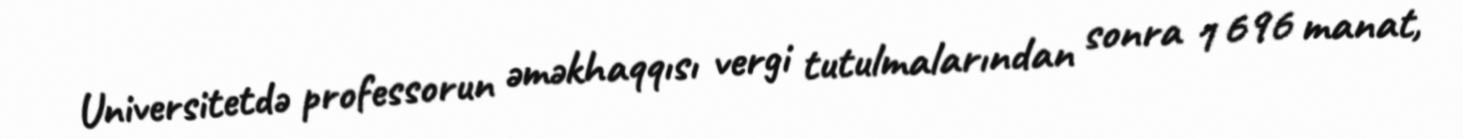
Universitetdə professorun əməkhaqqısı vergi tutulmalarından sonra 1 696 manat,